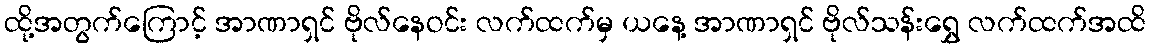
ထို့အတွက်ကြောင့် အာဏာရှင် ဗိုလ်နေဝင်း လက်ထက်မှ ယနေ့ အာဏာရှင် ဗိုလ်သန်းရွှေ လက်ထက်အထိ